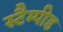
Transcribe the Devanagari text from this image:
स्टैम्पीड